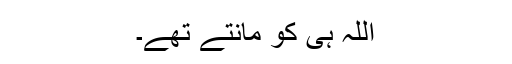
اللہ ہی کو مانتے تھے۔